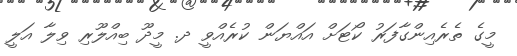
މީގެ ތެރެއިންގާފަރު ކޯޓަށް އައްޔަން ކުރެއްވީ ދ. މީދޫ ބިއްލޫރި ވިލާ އަލީ